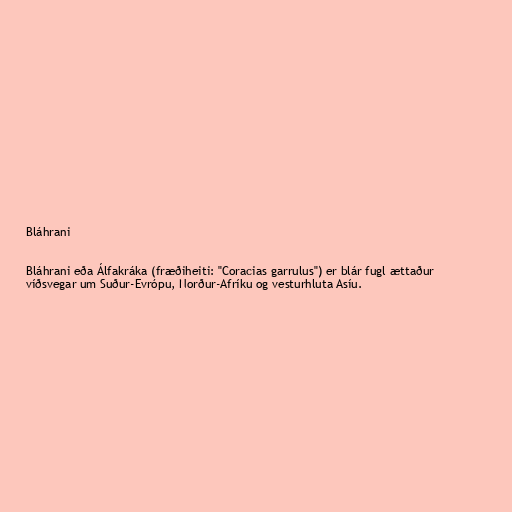
Bláhrani

Bláhrani eða Álfakráka (fræðiheiti: "Coracias garrulus") er blár fugl ættaður
víðsvegar um Suður-Evrópu, Norður-Afríku og vesturhluta Asíu.